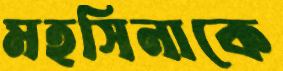
মহসিনাকে